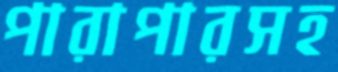
পারাপারসহ